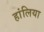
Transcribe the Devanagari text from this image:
हांलिया